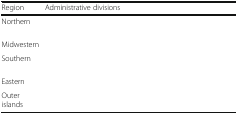
<table><thead><tr><td><b>Region</b></td><td><b>Administrative divisions</b></td></tr></thead><tbody><tr><td>Northern</td><td>[EMPTY_CELL]</td></tr><tr><td>Midwestern</td><td>[EMPTY_CELL]</td></tr><tr><td>Southern</td><td>[EMPTY_CELL]</td></tr><tr><td>Eastern</td><td>[EMPTY_CELL]</td></tr><tr><td>Outer islands</td><td>[EMPTY_CELL]</td></tr></tbody></table>